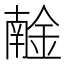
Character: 𨩧